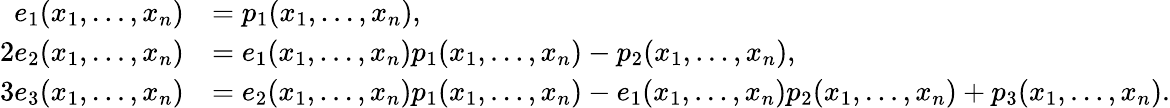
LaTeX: {\begin{array}{rl}{e_{1}(x_{1},\ldots,x_{n})}&{=p_{1}(x_{1},\ldots,x_{n}),}\\ {2e_{2}(x_{1},\ldots,x_{n})}&{=e_{1}(x_{1},\ldots,x_{n})p_{1}(x_{1},\ldots,x_{n})-p_{2}(x_{1},\ldots,x_{n}),}\\ {3e_{3}(x_{1},\ldots,x_{n})}&{=e_{2}(x_{1},\ldots,x_{n})p_{1}(x_{1},\ldots,x_{n})-e_{1}(x_{1},\ldots,x_{n})p_{2}(x_{1},\ldots,x_{n})+p_{3}(x_{1},\ldots,x_{n}).}\end{array}}